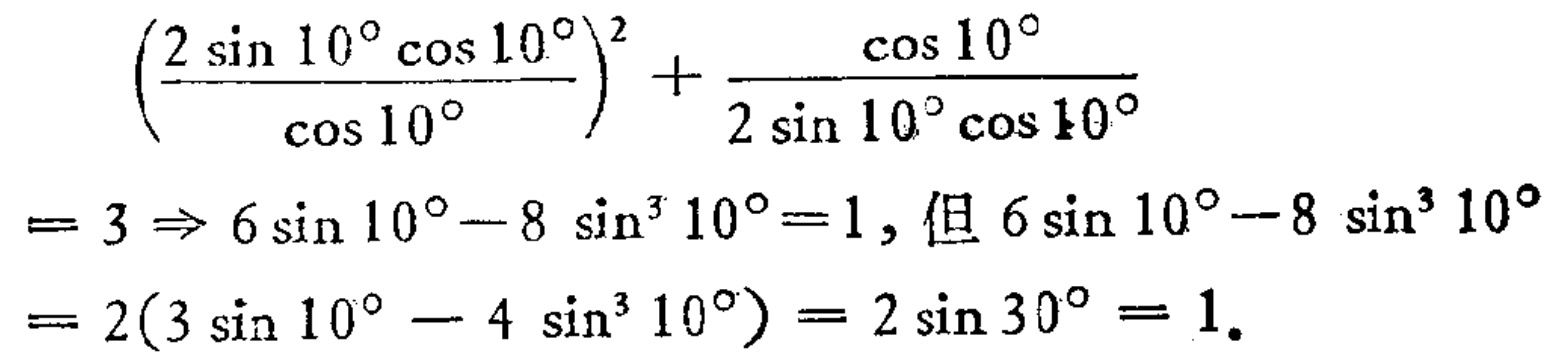
\[
\begin{align*}
&\left(\frac{2\sin10^{\circ}\cos10^{\circ}}{\cos10^{\circ}}\right)^2+\frac{\cos10^{\circ}}{2\sin10^{\circ}\cos10^{\circ}}\\
=&3\Rightarrow6\sin10^{\circ}-8\sin^{3}10^{\circ}=1,\text{ 但 }6\sin10^{\circ}-8\sin^{3}10^{\circ}\\
=&2(3\sin10^{\circ}-4\sin^{3}10^{\circ}) = 2\sin30^{\circ}=1.
\end{align*}
\]